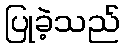
ပြုခဲ့သည်